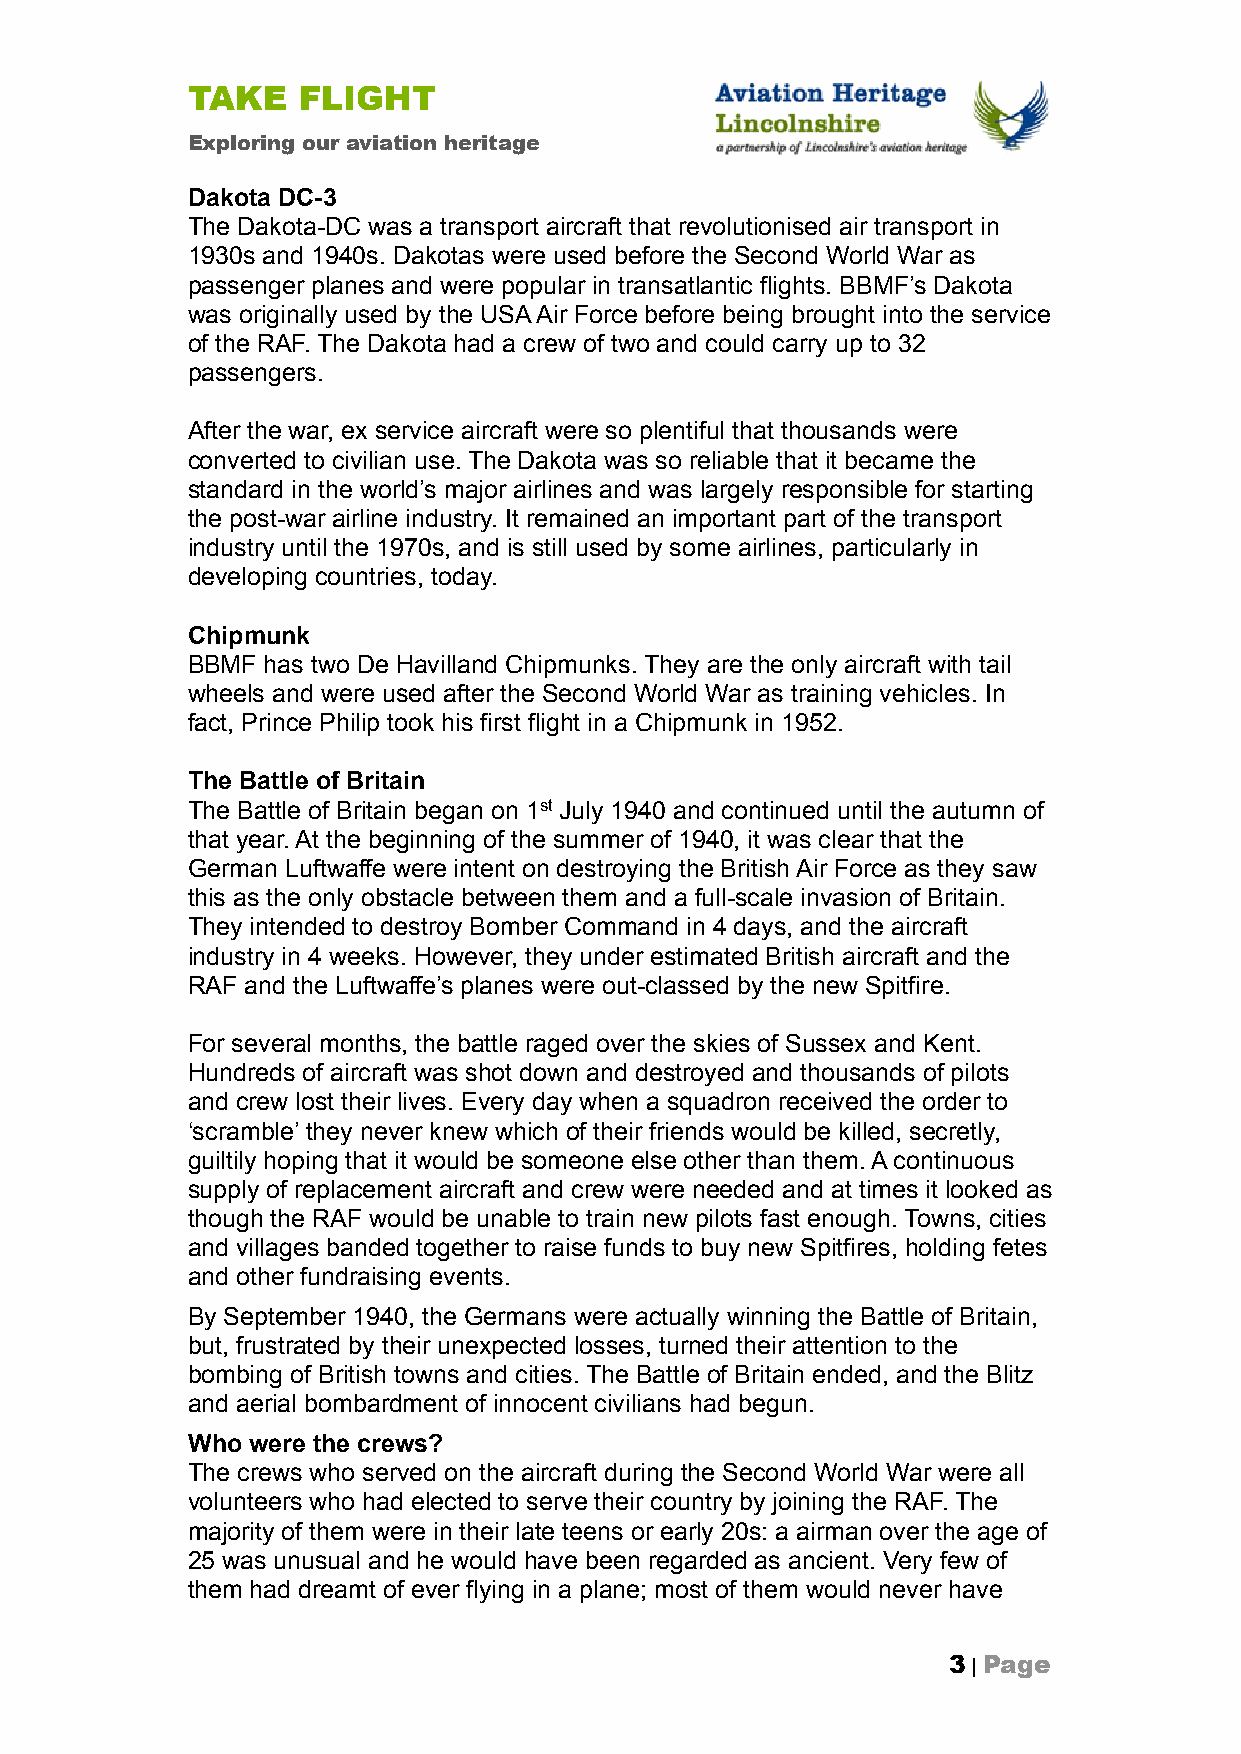
TAKE    FLIGHT
 Exploring our aviation heritage
 Dakota DC-3
 The Dakota-DC was a transport aircraft that revolutionised air transport in
 1930s and 1940s. Dakotas were used before the Second World War as
 passenger planes and were popular in transatlantic flights. BBMF’s Dakota
 was originally used by the USA Air Force before being brought into the service
 of the RAF. The Dakota had a crew of two and could carry up to 32
 passengers.
 After the war, ex service aircraft were so plentiful that thousands were
 converted to civilian use. The Dakota was so reliable that it became the
 standard in the world’s major airlines and was largely responsible for starting
 the post-war airline industry. It remained an important part of the transport
 industry until the 1970s, and is still used by some airlines, particularly in
 developing countries, today.
 Chipmunk
 BBMF has two De Havilland Chipmunks. They are the only aircraft with tail
 wheels and were used after the Second World War as training vehicles. In
 fact, Prince Philip took his first flight in a Chipmunk in 1952.
 The Battle of Britain
 The Battle of Britain began on 1st July 1940 and continued until the autumn of
 that year. At the beginning of the summer of 1940, it was clear that the
 German Luftwaffe were intent on destroying the British Air Force as they saw
 this as the only obstacle between them and a full-scale invasion of Britain.
 They intended to destroy Bomber Command in 4 days, and the aircraft
 industry in 4 weeks. However, they under estimated British aircraft and the
 RAF and the Luftwaffe’s planes were out-classed by the new Spitfire.
 For several months, the battle raged over the skies of Sussex and Kent.
 Hundreds of aircraft was shot down and destroyed and thousands of pilots
 and crew lost their lives. Every day when a squadron received the order to
 ‘scramble’ they never knew which of their friends would be killed, secretly,
 guiltily hoping that it would be someone else other than them. A continuous
 supply of replacement aircraft and crew were needed and at times it looked as
 though the RAF would be unable to train new pilots fast enough. Towns, cities
 and villages banded together to raise funds to buy new Spitfires, holding fetes
 and other fundraising events.
 By September 1940, the Germans were actually winning the Battle of Britain,
 but, frustrated by their unexpected losses, turned their attention to the
 bombing of British towns and cities. The Battle of Britain ended, and the Blitz
 and aerial bombardment of innocent civilians had begun.
 Who were the crews?
 The crews who served on the aircraft during the Second World War were all
 volunteers who had elected to serve their country by joining the RAF. The
 majority of them were in their late teens or early 20s: a airman over the age of
 25 was unusual and he would have been regarded as ancient. Very few of
 them had dreamt of ever flying in a plane; most of them would never have
 3 | Page